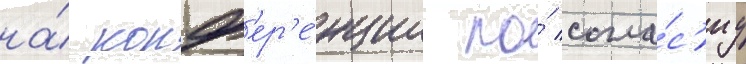
на́ конф'ер'е́нции по́ согла́с'иу